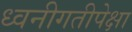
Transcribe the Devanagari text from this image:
ध्वनीगतीपेक्षा